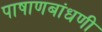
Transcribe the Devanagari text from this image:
पाषाणबांधणी